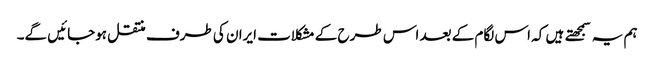
ہم یہ سمجهتے ہیں کہ اس لگام کے بعد اس طرح کے مشکلات ایران کی طرف منتقل ہوجائیں گے۔